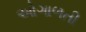
ઓગાળતી